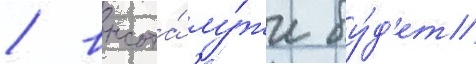
/ высота́ лу́жи бу́д'ет